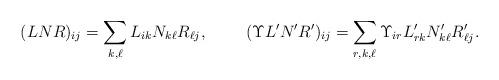
LaTeX: \begin{align*}(LNR)_{ij} &= \sum_{k,\ell} L_{ik} N_{k\ell} R_{\ell j}, & (\Upsilon L' N' R')_{ij} &= \sum_{r,k,\ell} \Upsilon_{ir} L'_{rk} N'_{k\ell} R'_{\ell j}. \end{align*}